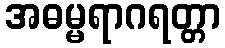
အဓမ္မရာဂရတ္တာ